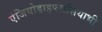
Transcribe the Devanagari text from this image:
एंजियोडाइप्लासियाभी